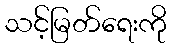
သင့်မြတ်ရေးကို